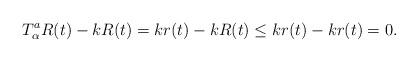
LaTeX: \begin{align*} T_\alpha ^a R(t)-k R(t)=k r(t)-k R(t)\leq k r(t)-kr(t)=0.\end{align*}